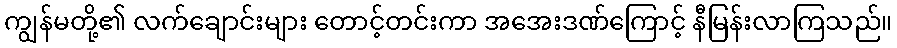
ကျွန်မတို့၏ လက်ချောင်းများ တောင့်တင်းကာ အအေးဒဏ်ကြောင့် နီမြန်းလာကြသည်။